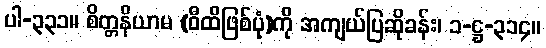
ပါ-၃၃၁။ စိတ္တနိယာမ (ဝီထိဖြစ်ပုံ)ကို အကျယ်ပြဆိုခန်း၊ ၁-ဋ္ဌ-၃၁၄။